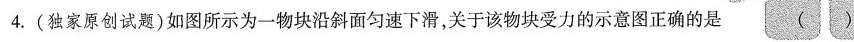
4.（独家原创试题）如果所示为一物体沿斜面匀速下滑，关于该物块受力示意图正确的是 （ ）